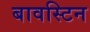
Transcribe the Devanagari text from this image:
बावस्टिन